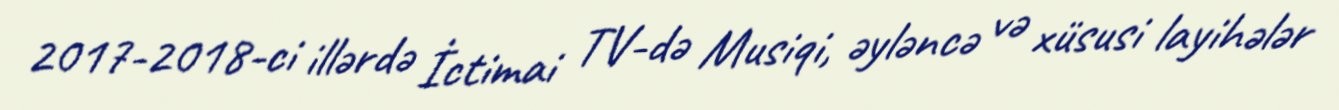
2017-2018-ci illərdə İctimai TV-də Musiqi, əyləncə və xüsusi layihələr